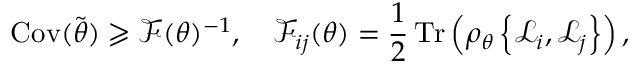
\operatorname { C o v } ( \tilde { \boldsymbol { \theta } } ) \geqslant \mathscr { F } ( \boldsymbol { \theta } ) ^ { - 1 } , \quad \mathscr { F } _ { { i j } } ( \boldsymbol { \theta } ) = \frac { 1 } { 2 } \operatorname { T r } \left( \rho _ { \boldsymbol { \theta } } \left\{ \mathscr { L } _ { i } , \mathscr { L } _ { j } \right\} \right) ,